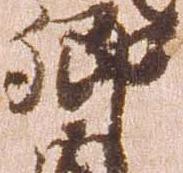
郷